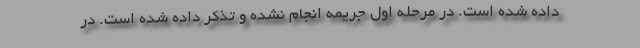
داده شده است. در مرحله اول جریمه انجام نشده و تذکر داده شده است. در